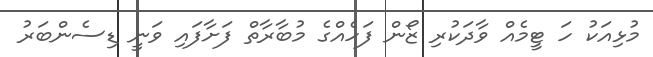
މުޅިއަކު ހަ ޓީމެއް ވާދަކުރި ޒޯން ފަހެއްގެ މުބާރާތް ފަށާފައި ވަނީ ޑިސެންބަރު